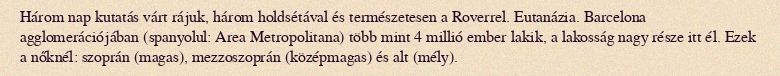
Három nap kutatás várt rájuk, három holdsétával és természetesen a Roverrel. Eutanázia. Barcelona agglomerációjában (spanyolul: Area Metropolitana) több mint 4 millió ember lakik, a lakosság nagy része itt él. Ezek a nőknél: szoprán (magas), mezzoszoprán (középmagas) és alt (mély).